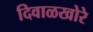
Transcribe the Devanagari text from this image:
दिवाळखोरे